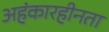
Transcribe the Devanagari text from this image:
अहंकारहीनता